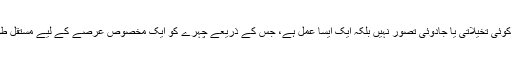
پرمننٹ میک اپ یا مُستقل میک اپ کوئی تخیلاتی یا جادوئی تصور نہیں بلکہ ایک ایسا عمل ہے، جس کے ذریعے چہرے کو ایک مخصوص عرصے کے لیے مستقل طور پر حُسن افروز بنایا جا سکتا ہے۔